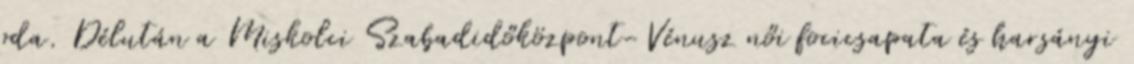
oda. Délután a Miskolci Szabadidőközpont-Vénusz női focicsapata és harsányi